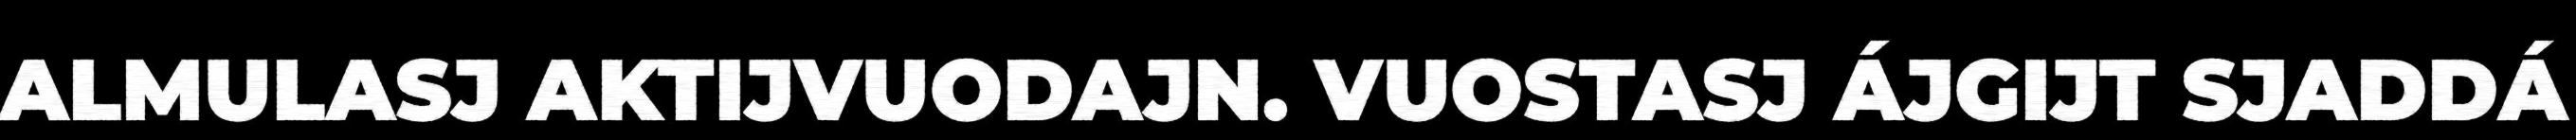
ALMULASJ AKTIJVUODAJN. VUOSTASJ ÁJGIJT SJADDÁ